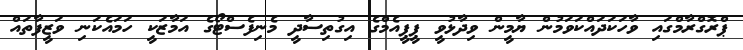
ޕްރޮގްރާމްގައި ވާހަކަދައްކަވަމުން ޔާމީން ވިދާޅުވީ ޕީޕީއެމްގެ އިގުތިސާދީ މެނިފެސްޓޯގެ އަމާޒަކީ ހަމައެކަނި ވަޒީފާތައް